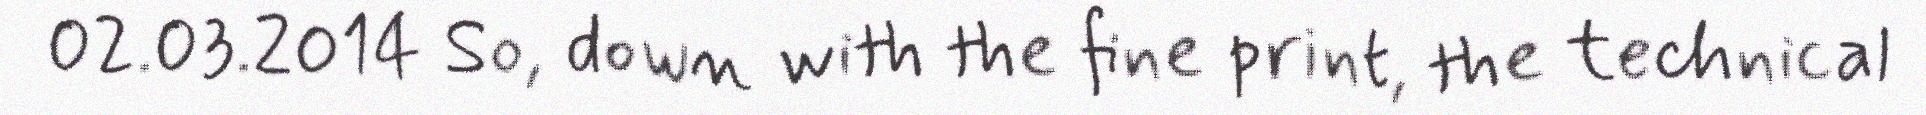
02.03.2014 So, down with the fine print, the technical